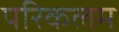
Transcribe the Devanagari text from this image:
परिकलम